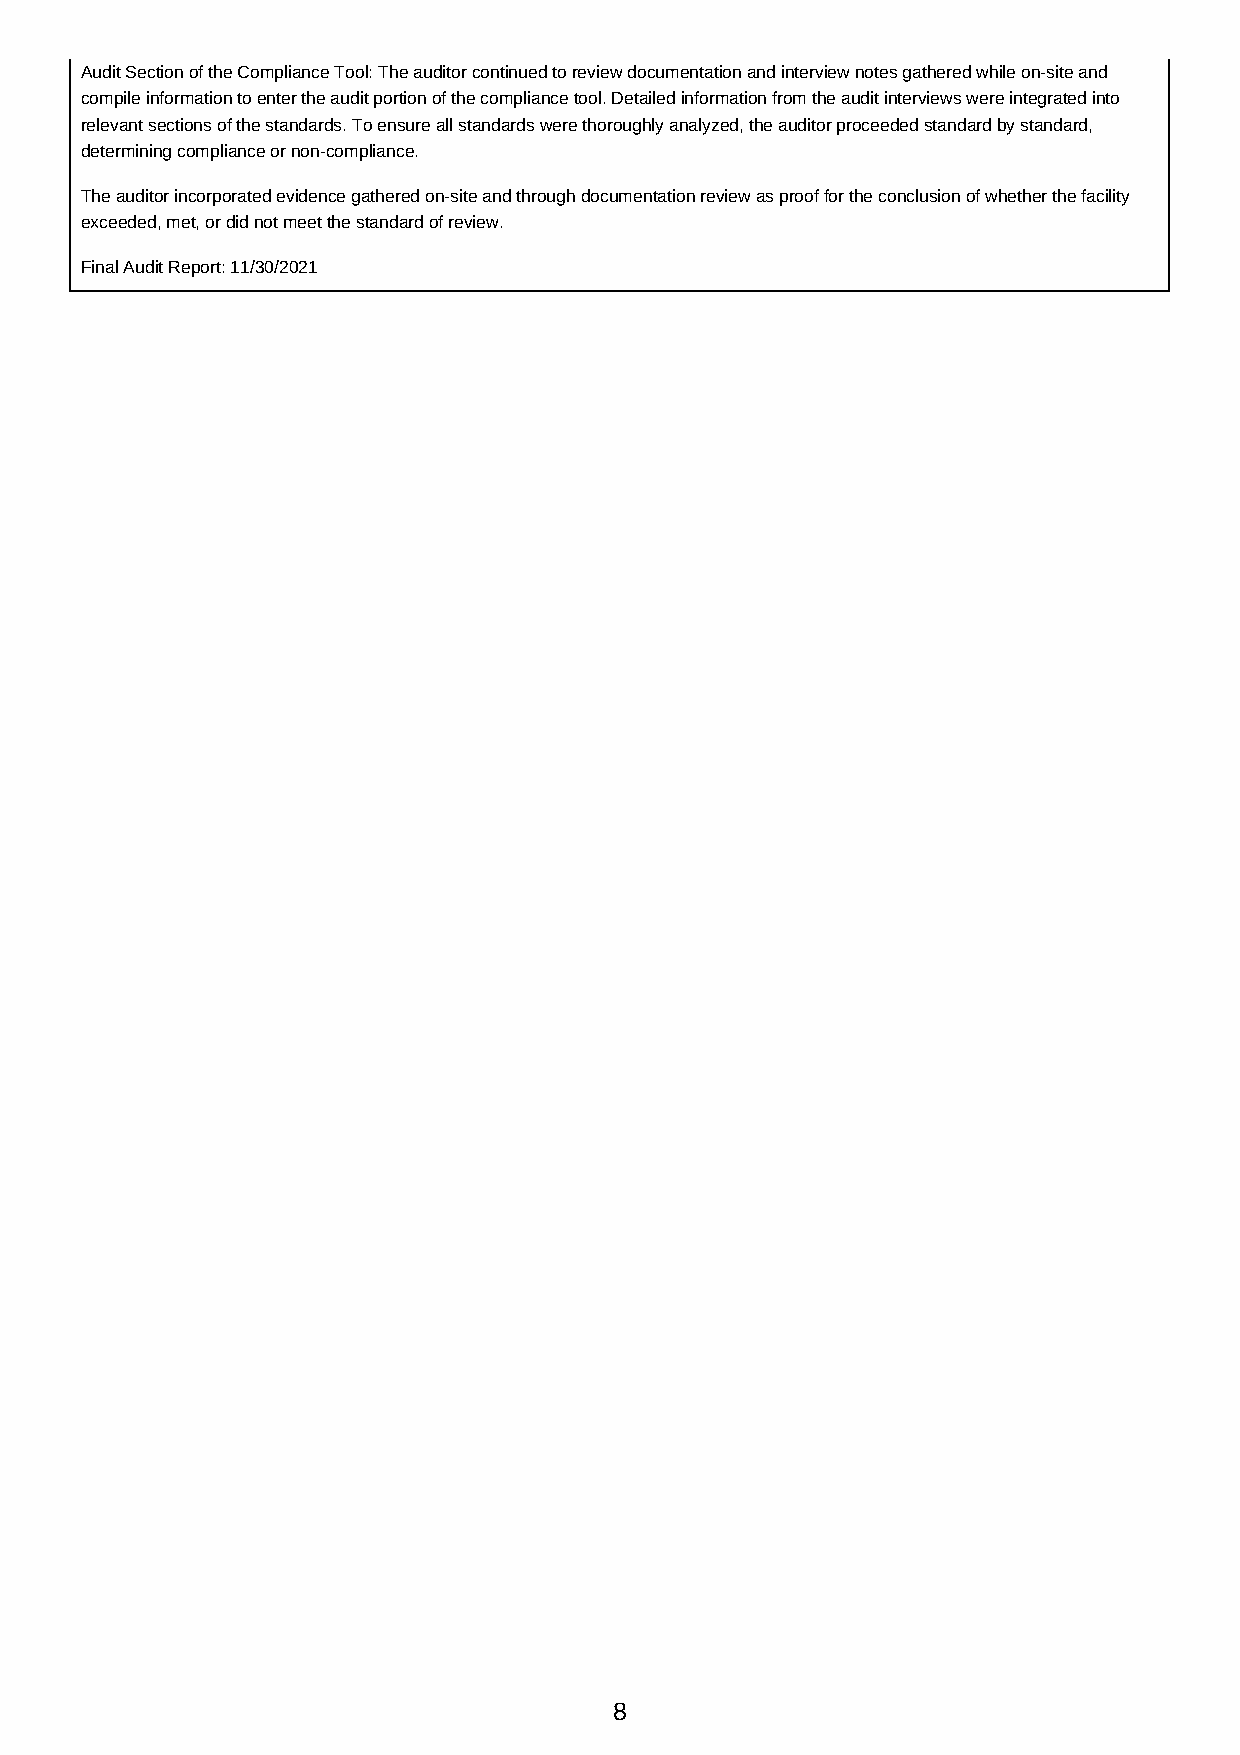
Audit Section of the Compliance Tool: The auditor continued to review documentation and interview notes gathered while on-site and
 compile information to enter the audit portion of the compliance tool. Detailed information from the audit interviews were integrated into
 relevant sections of the standards. To ensure all standards were thoroughly analyzed, the auditor proceeded standard by standard,
 determining compliance or non-compliance.
 The auditor incorporated evidence gathered on-site and through documentation review as proof for the conclusion of whether the facility
 exceeded, met, or did not meet the standard of review.
 Final Audit Report: 11/30/2021
 8